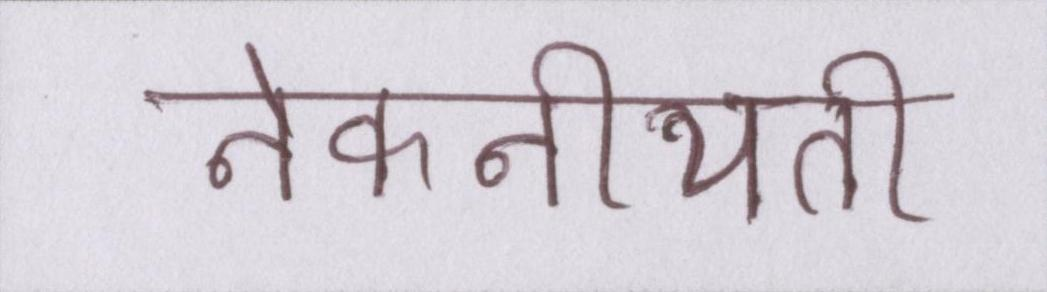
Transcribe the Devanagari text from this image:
नेकनीयती